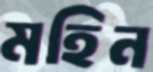
মহিন